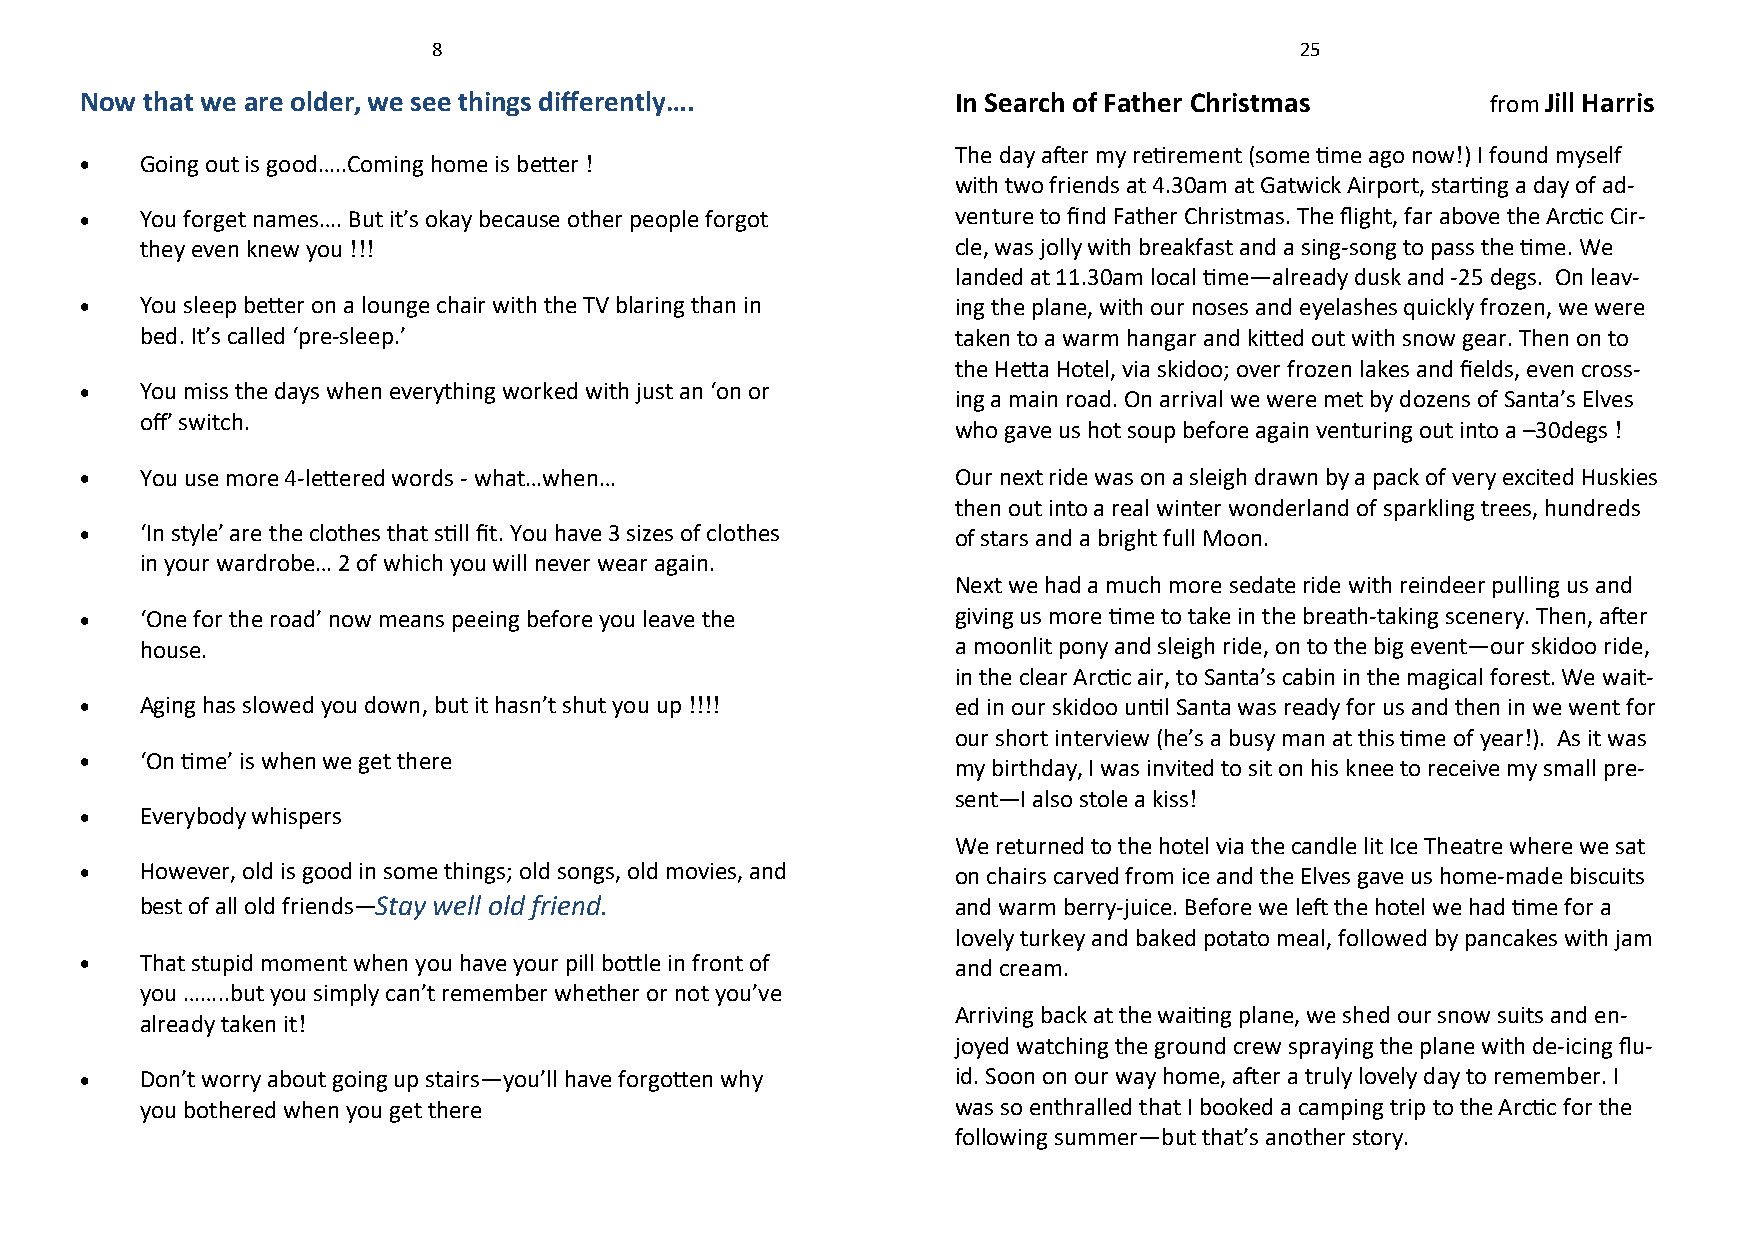
8                                                        25
 Now  that we are older, we see things differently….       In Search of Father Christmas       from Jill Harris
 The day after my retirement (some time ago now!) I found myself
    Going out is good…..Coming home is better !
 with two friends at 4.30am at Gatwick Airport, starting a day of ad-
    You forget names…. But it’s okay because other people forgot venture to find Father Christmas. The flight, far above the Arctic Cir-
 they even knew you !!!                                cle, was jolly with breakfast and a sing-song to pass the time. We
 landed at 11.30am local time—already dusk and -25 degs. On leav-
    You sleep better on a lounge chair with the TV blaring than in ing the plane, with our noses and eyelashes quickly frozen, we were
 bed. It’s called ‘pre-sleep.’                         taken to a warm hangar and kitted out with snow gear. Then on to
 the Hetta Hotel, via skidoo; over frozen lakes and fields, even cross-
    You miss the days when everything worked with just an ‘on or
 ing a main road. On arrival we were met by dozens of Santa’s Elves
 off’ switch.
 who gave us hot soup before again venturing out into a –30degs !
    You use more 4-lettered words - what…when…            Our next ride was on a sleigh drawn by a pack of very excited Huskies
 then out into a real winter wonderland of sparkling trees, hundreds
    ‘In style’ are the clothes that still fit. You have 3 sizes of clothes of stars and a bright full Moon.
 in your wardrobe… 2 of which you will never wear again.
 Next we had a much more sedate ride with reindeer pulling us and
    ‘One for the road’ now means peeing before you leave the giving us more time to take in the breath-taking scenery. Then, after
 house.                                                a moonlit pony and sleigh ride, on to the big event—our skidoo ride,
 in the clear Arctic air, to Santa’s cabin in the magical forest. We wait-
    Aging has slowed you down, but it hasn’t shut you up !!!! ed in our skidoo until Santa was ready for us and then in we went for
 our short interview (he’s a busy man at this time of year!). As it was
    ‘On time’ is when we get there                        my birthday, I was invited to sit on his knee to receive my small pre-
 sent—I also stole a kiss!
    Everybody whispers
 We returned to the hotel via the candle lit Ice Theatre where we sat
    However, old is good in some things; old songs, old movies, and on chairs carved from ice and the Elves gave us home-made biscuits
 best of all old friends—Stay well old friend.         and warm berry-juice. Before we left the hotel we had time for a
 lovely turkey and baked potato meal, followed by pancakes with jam
    That stupid moment when you have your pill bottle in front of and cream.
 you ……..but you simply can’t remember whether or not you’ve
 Arriving back at the waiting plane, we shed our snow suits and en-
 already taken it!
 joyed watching the ground crew spraying the plane with de-icing flu-
    Don’t worry about going up stairs—you’ll have forgotten why id. Soon on our way home, after a truly lovely day to remember. I
 you bothered when you get there                       was so enthralled that I booked a camping trip to the Arctic for the
 following summer—but that’s another story.